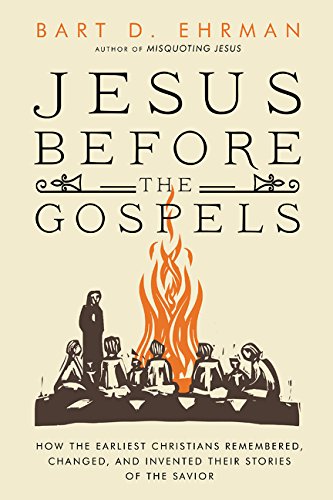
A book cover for Jesus Before the Gospels: How the Earliest Christians Remembered, Changed, and Invented Their Stories of the Savior; Bart D. Ehrman; Christian Books & Bibles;